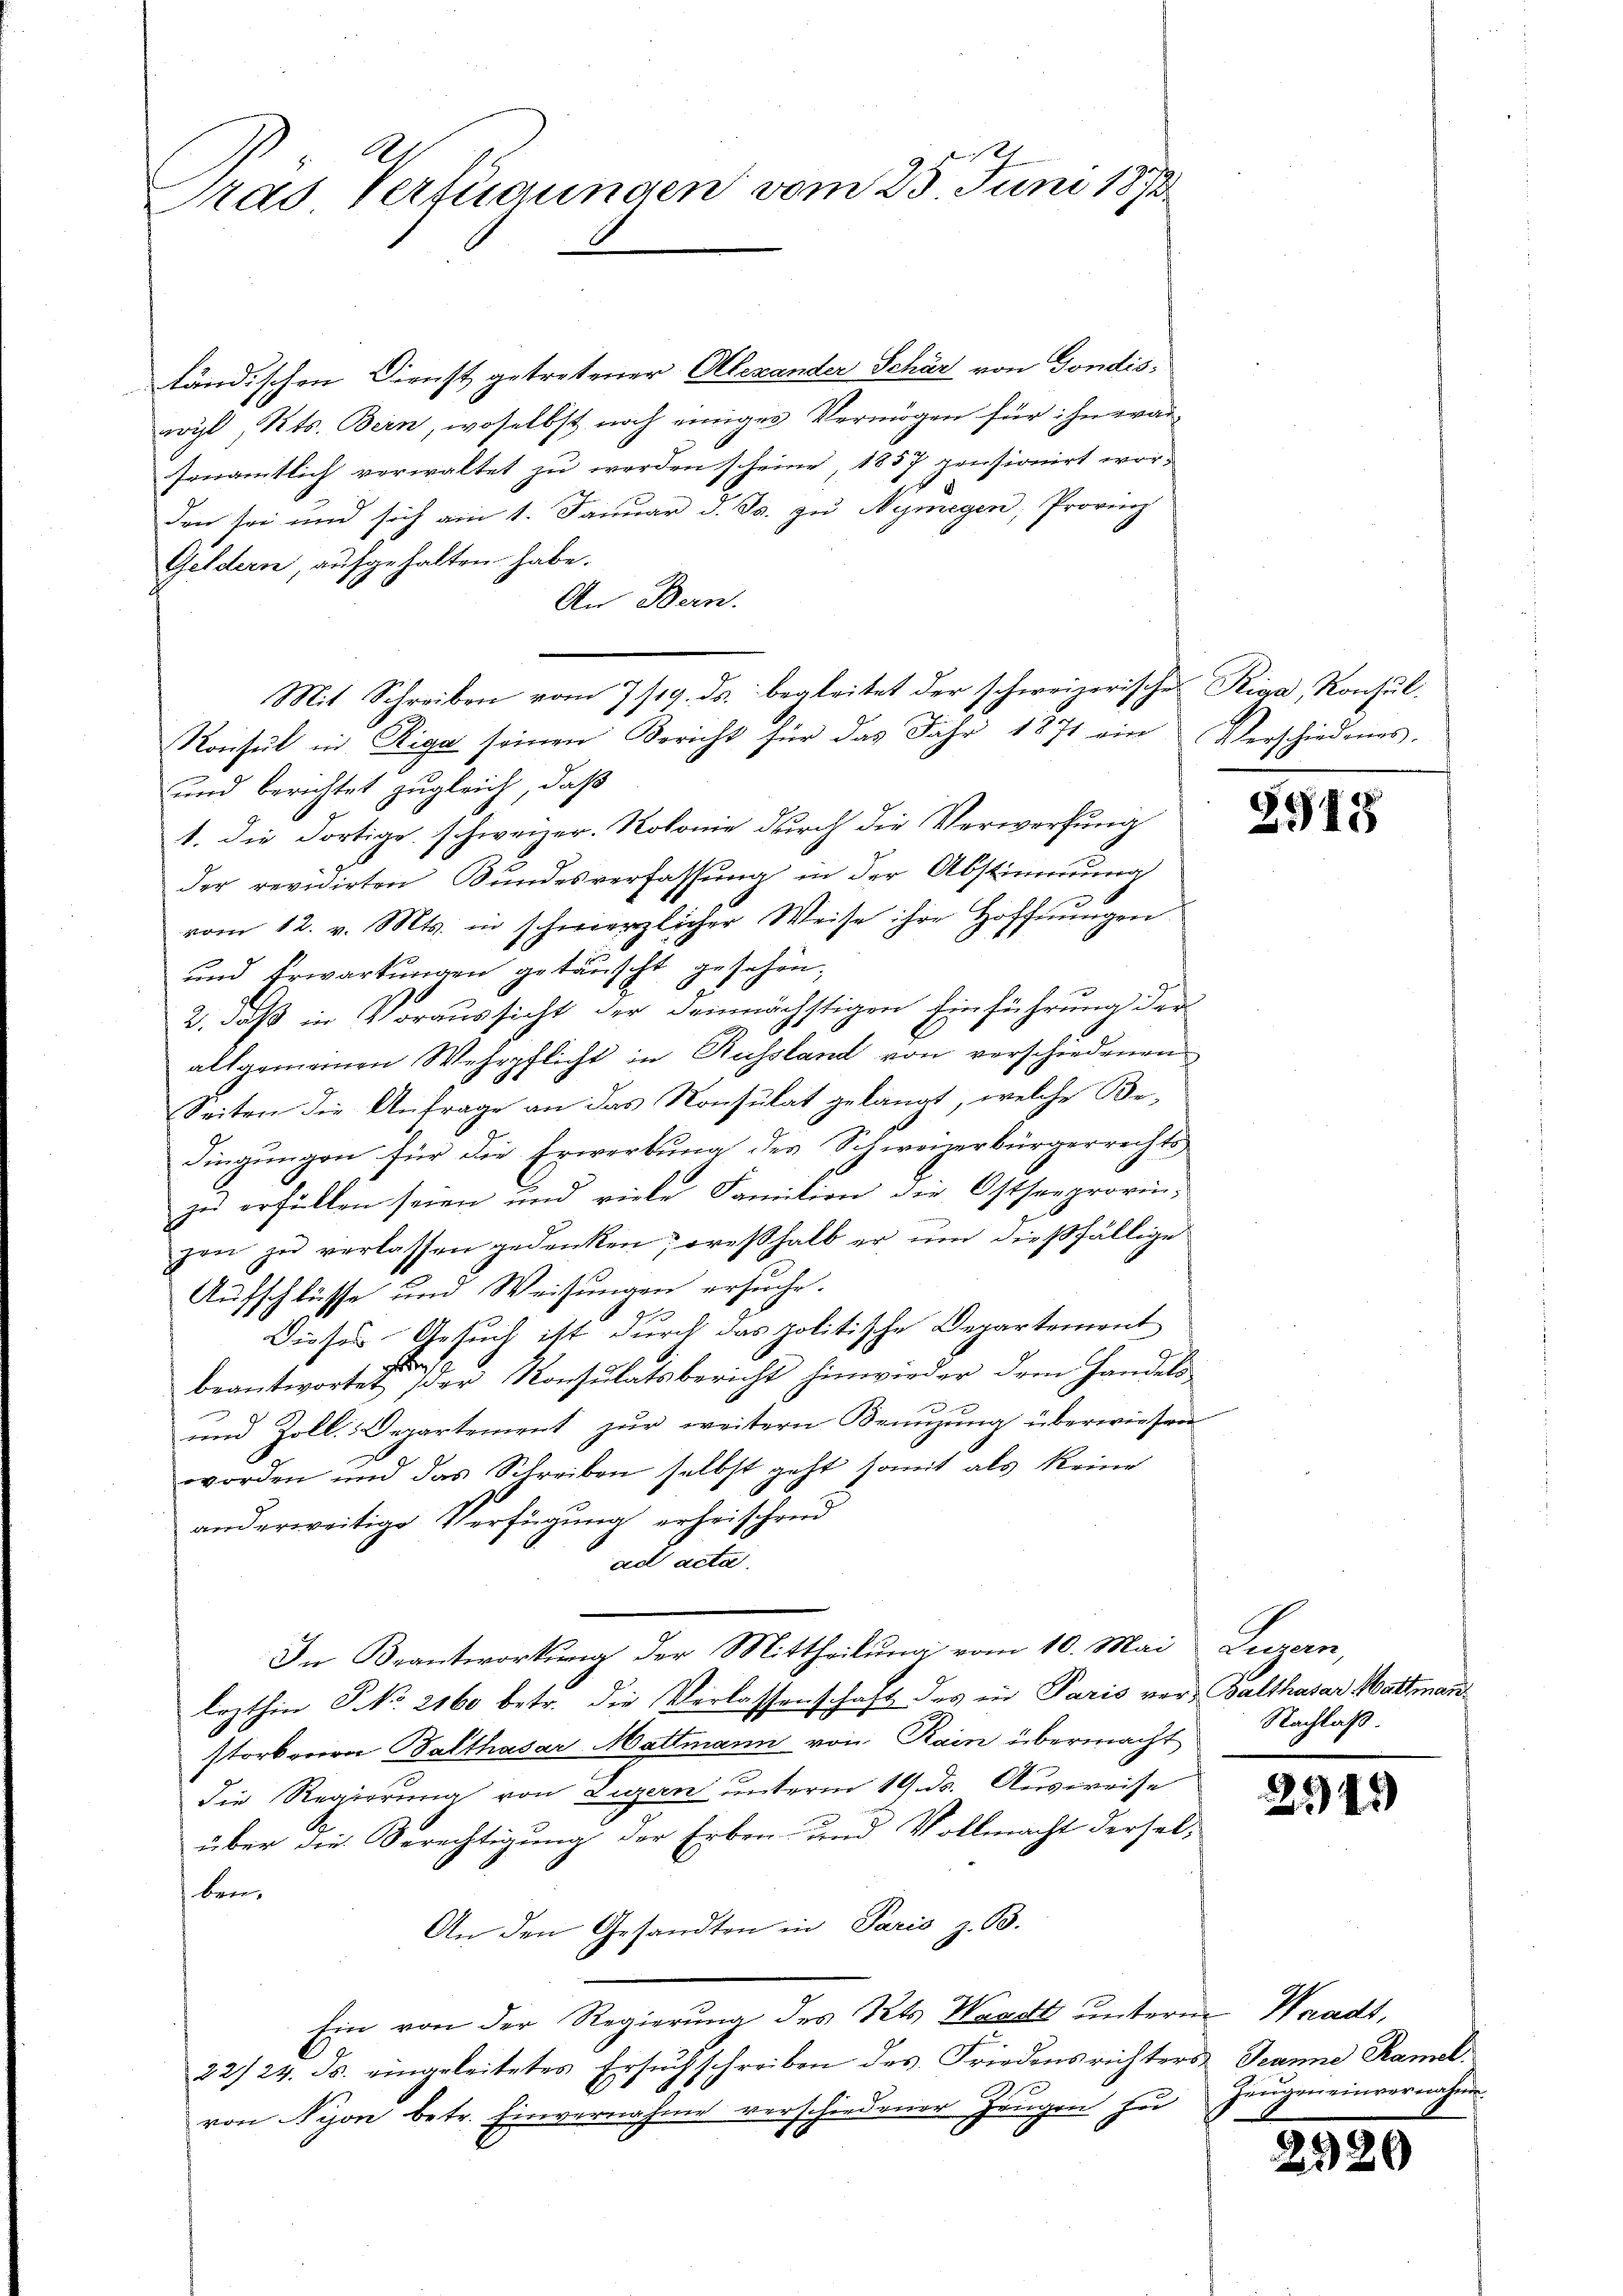
Pras Verfügungen vom 25. Juni 1872

ländischen Dienst getretener Alexander Schär von Gondis:
wyl, Kts. Bern, woselbst noch einiges Vermögen für ihn eran-
Ionamtlich verwaltet zu werden scheine 1857 pensionirt worden sei und sich am 1. Januar d. Js. zu Nizmegen, Provinz
Geldern, aufgehalten habe.
An Bern.
Konsul in Riga seinen Bericht für das Jahr 1871 ein Verschiedenes.
und berichtet zugleich, daß
1. die Fortige schweizer. Rolonie durch die Verwortung
der revidirten Bundesverfassung in der Abstimmung
vom 12. v. Mts. in schmerzlicher Weise ihre Hoffnungen
und Erwartungen getäuscht gesehen,
2. daß in Voraussicht der demnächstigen Einführung der
allgemeinen Wehrpflicht in Russland von verschiedenen
Seiten die Anfrage an das Konsulat gelangt, welche Be¬
Singungen für die Erwerbung des Schweizerbürgerrechts-
zu erfüllen seien und viele Fanition die Ostseeprovin-
zen zŭ verlassen gedenken, oreβhalb er ŭm dießfällige
Aufschlüsse und Weisungen ersuche.
Dieses Gesuch ist durch das politische Departement
beantwortet der Konsulatsbericht hinwieder dem Handels
und Zoll. Departement zur weitern Benuzung überwiesen
worden und das Schreiben selbst geht somit als keine
anderweitige Verfügung erheischend
ad acta.
In Beantwortung der Mittheilung vom 10. Mai
lezthin No 2160 betr. die Verlassenschaft des in Paris ver- Balthasar Mattman
storbenen Balthasar Mattmann von Rain übermacht
die Regierung von Luzern unterm 19. ds. Ausweise
über die Berechtigung der Erben- und Vollmacht derselben.
An den Gesandten in Paris z. B.
Ein von der Regierung des Kts. Waadt unterm Waadt,
22/24. ds. eingeleitetes Ersuch schreiben des Friedensrichters Jeanne Ramel
von Nyon betr. Einvernahme verschiedener Zeugen zu

Mit Schreiben vom 7 /19. ds. begleitet der schweizerische Riga, Konsul¬

3915

hen
Nachlaß.

2345

Zeugen einvernahm.

2520